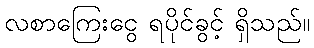
လစာကြေးငွေ ရပိုင်ခွင့် ရှိသည်။